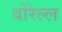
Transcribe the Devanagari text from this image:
वोरेल्ल